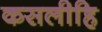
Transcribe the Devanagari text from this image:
कसलीहि